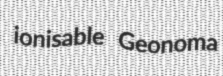
ionisable Geonoma